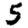
Digit: 5